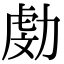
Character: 𠢍